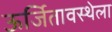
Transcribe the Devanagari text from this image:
ऊर्जितावस्थेला